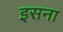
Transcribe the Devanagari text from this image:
इसना